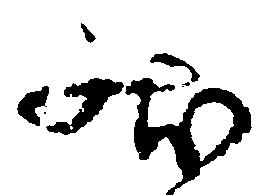
状